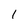
Character: 1